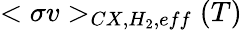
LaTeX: <\sigma v>_{CX,H_{2},eff}(T)